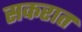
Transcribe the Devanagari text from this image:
सकरात